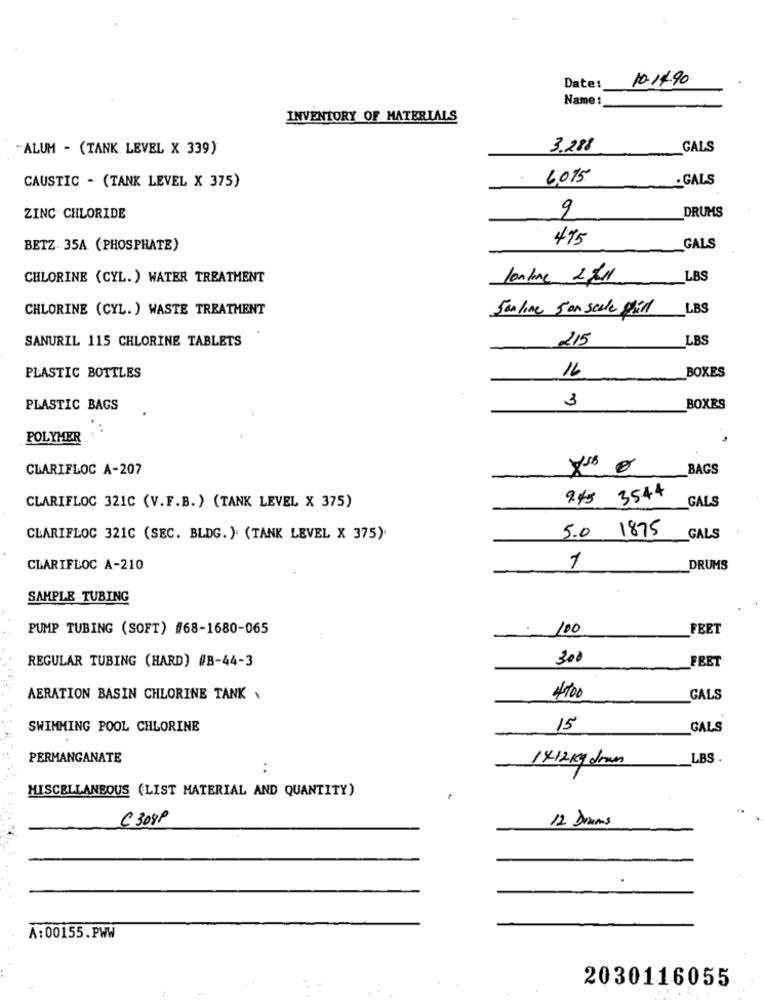
10-14.90
Date :_
Name :
INVENTORY OF MATERIALS
ALUM - (TANK LEVEL X 339)
3.288
GALS
CAUSTIC - (TANK LEVEL X 375)
.
6.075
. GALS
9
DRUMS
ZINC CHLORIDE
475
BETZ. 35A (PHOSPHATE)
GALS
CHLORINE (CYL. ) WATER TREATMENT
lonline 2/11
LBS
CHLORINE (CYL. ) WASTE TREATMENT
Jan line 5 an scale grill
LBS
SANURIL 115 CHLORINE TABLETS
215
LBS
16
BOXES
PLASTIC BOTTLES
3
PLASTIC BAGS
BOXES
POLYMER
CLARIFLOC A-207
_BAGS
945 3544
GALS
CLARIFLOC 321C (V.F.B. ) (TANK LEVEL X 375)
5.0 1875
CLARIFLOC 321C (SEC. BLDG. ) (TANK LEVEL X 375).
GALS
CLARIFLOC A-210
1
DRUMS
SAMPLE TUBING
PUMP TUBING (SOFT) #68-1680-065
100
FEET
REGULAR TUBING (HARD) #B-44-3
300
FEET
AERATION BASIN CHLORINE TANK .
4100
GALS
SWIMMING POOL CHLORINE
15
GALS
PERMANGANATE
1412kg drum
LBS .
. .
MISCELLANEOUS (LIST MATERIAL AND QUANTITY).
C 308P
12 Drums
A:00155.PWW
2030116055